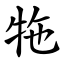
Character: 㸱